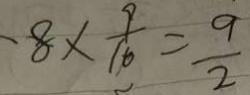
- 8 \times \frac { 9 } { 1 6 } = \frac { 9 } { 2 }